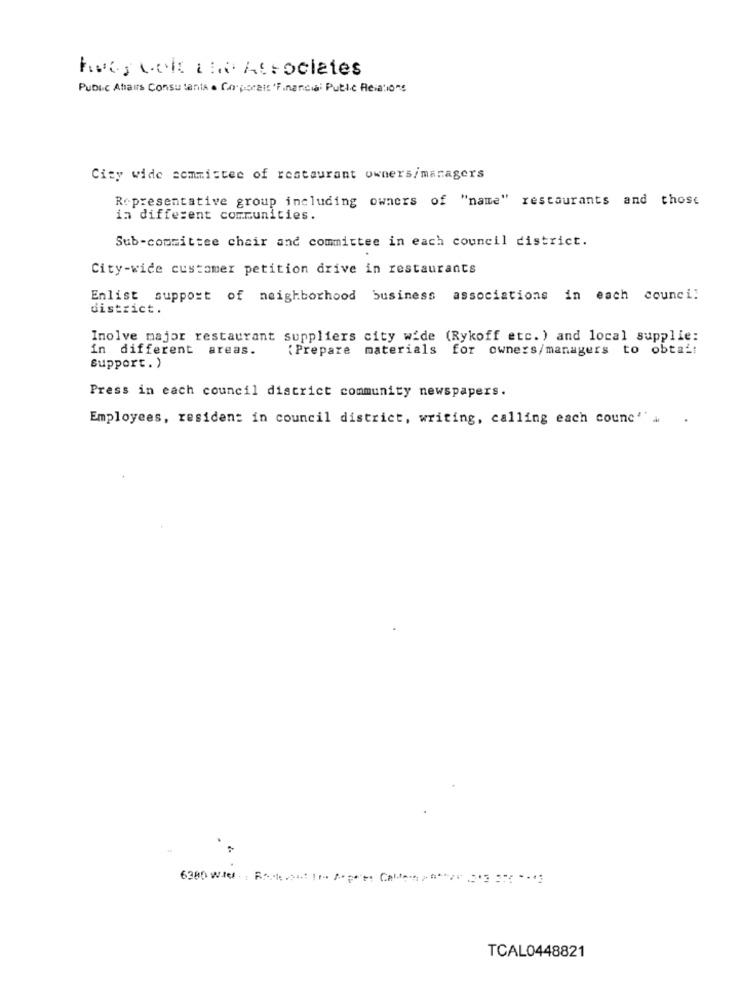
hvis welt the Atrociates
Public Ahairs Consultants . Corporais 'Financial Public Relations
City wide semmistee of restaurant owners/managers
Representative group including owners of "name" restaurants and those
in different communities.
Sub-committee chair and committee in each council district.
City-wide customer petition drive in restaurants
Enlist support of neighborhood business associations in each council
district.
Inolve major restaurant suppliers city wide (Rykoff etc. ) and local supplie:
In different areas.
{Prepare materials for owners/managers to obtai:
Support. )
Press in each council district community newspapers.
Employees, residen: in council district, writing, calling each counc'' a .
TCAL0448821